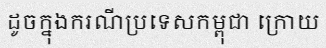
ដូចក្នុងករណីប្រទេសកម្ពុជា ក្រោយ